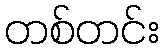
တစ်တင်း